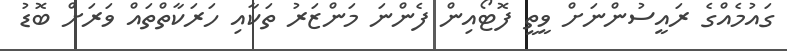
ގައުމެއްގެ ރައީސުންނަށް ވީތީ ފޮޓޯއިން ފެންނަ މަންޒަރު ތަކާއި ހަރަކާތްތައް ވަރަށް ބޮޑު